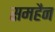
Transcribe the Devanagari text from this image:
समहैन